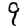
Digit: 9